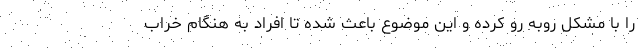
را با مشکل روبه رو کرده و این موضوع باعث شده تا افراد به هنگام خراب